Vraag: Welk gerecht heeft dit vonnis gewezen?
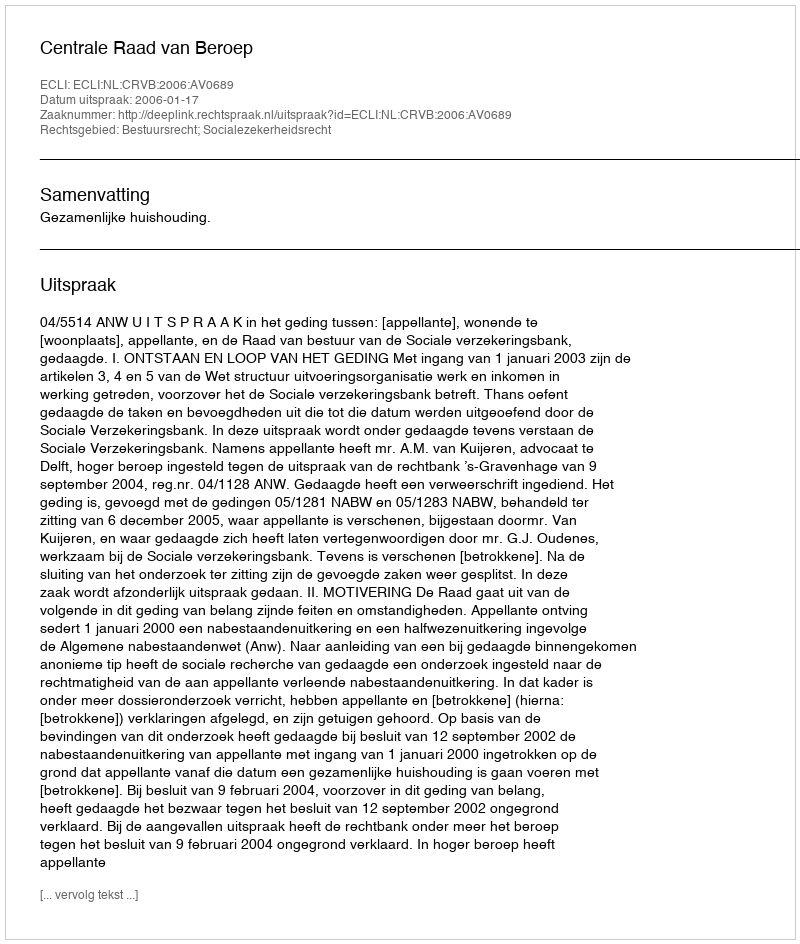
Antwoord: Centrale Raad van Beroep